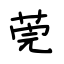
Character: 莞